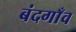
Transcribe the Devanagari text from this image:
बंदगाँव